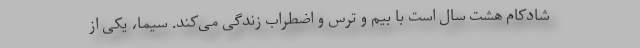
شادکام هشت سال است با بیم و ترس و اضطراب زندگی می‌کند. سیما، یکی از